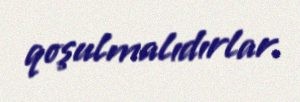
qoşulmalıdırlar.